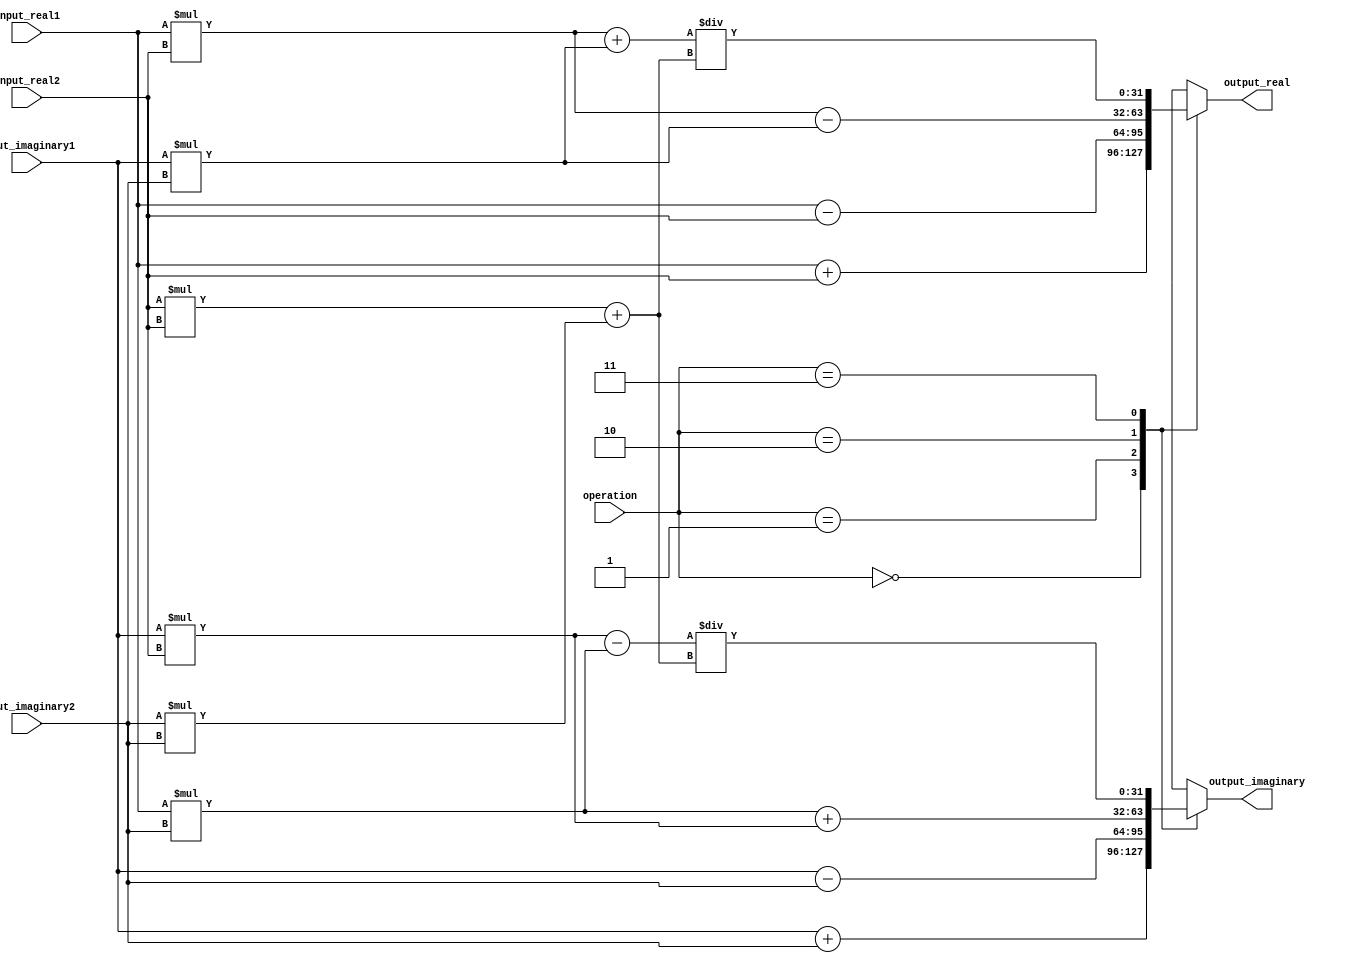
module Complex_ALU (
    input wire [31:0] input_real1,
    input wire [31:0] input_imaginary1,
    input wire [31:0] input_real2,
    input wire [31:0] input_imaginary2,
    input wire [1:0] operation,
    output reg [31:0] output_real,
    output reg [31:0] output_imaginary
);

reg [31:0] result_real;
reg [31:0] result_imaginary;

always @(*) begin
    case(operation)
        2'b00: begin // Addition
            result_real = input_real1 + input_real2;
            result_imaginary = input_imaginary1 + input_imaginary2;
        end
        2'b01: begin // Subtraction
            result_real = input_real1 - input_real2;
            result_imaginary = input_imaginary1 - input_imaginary2;
        end
        2'b10: begin // Multiplication
            result_real = input_real1 * input_real2 - input_imaginary1 * input_imaginary2;
            result_imaginary = input_real1 * input_imaginary2 + input_imaginary1 * input_real2;
        end
        2'b11: begin // Division
            result_real = (input_real1 * input_real2 + input_imaginary1 * input_imaginary2) / (input_real2 * input_real2 + input_imaginary2 * input_imaginary2);
            result_imaginary = (input_imaginary1 * input_real2 - input_real1 * input_imaginary2) / (input_real2 * input_real2 + input_imaginary2 * input_imaginary2);
        end
    endcase
end

assign output_real = result_real;
assign output_imaginary = result_imaginary;

endmodule